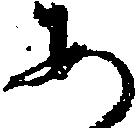
あ